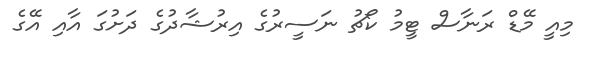
މިއީ މޭޑް ރަނާސް ޓީމު ކޯޗު ނަސީރުގެ އިރުޝާދުގެ ދަށުގަ އާއި އޭގެ